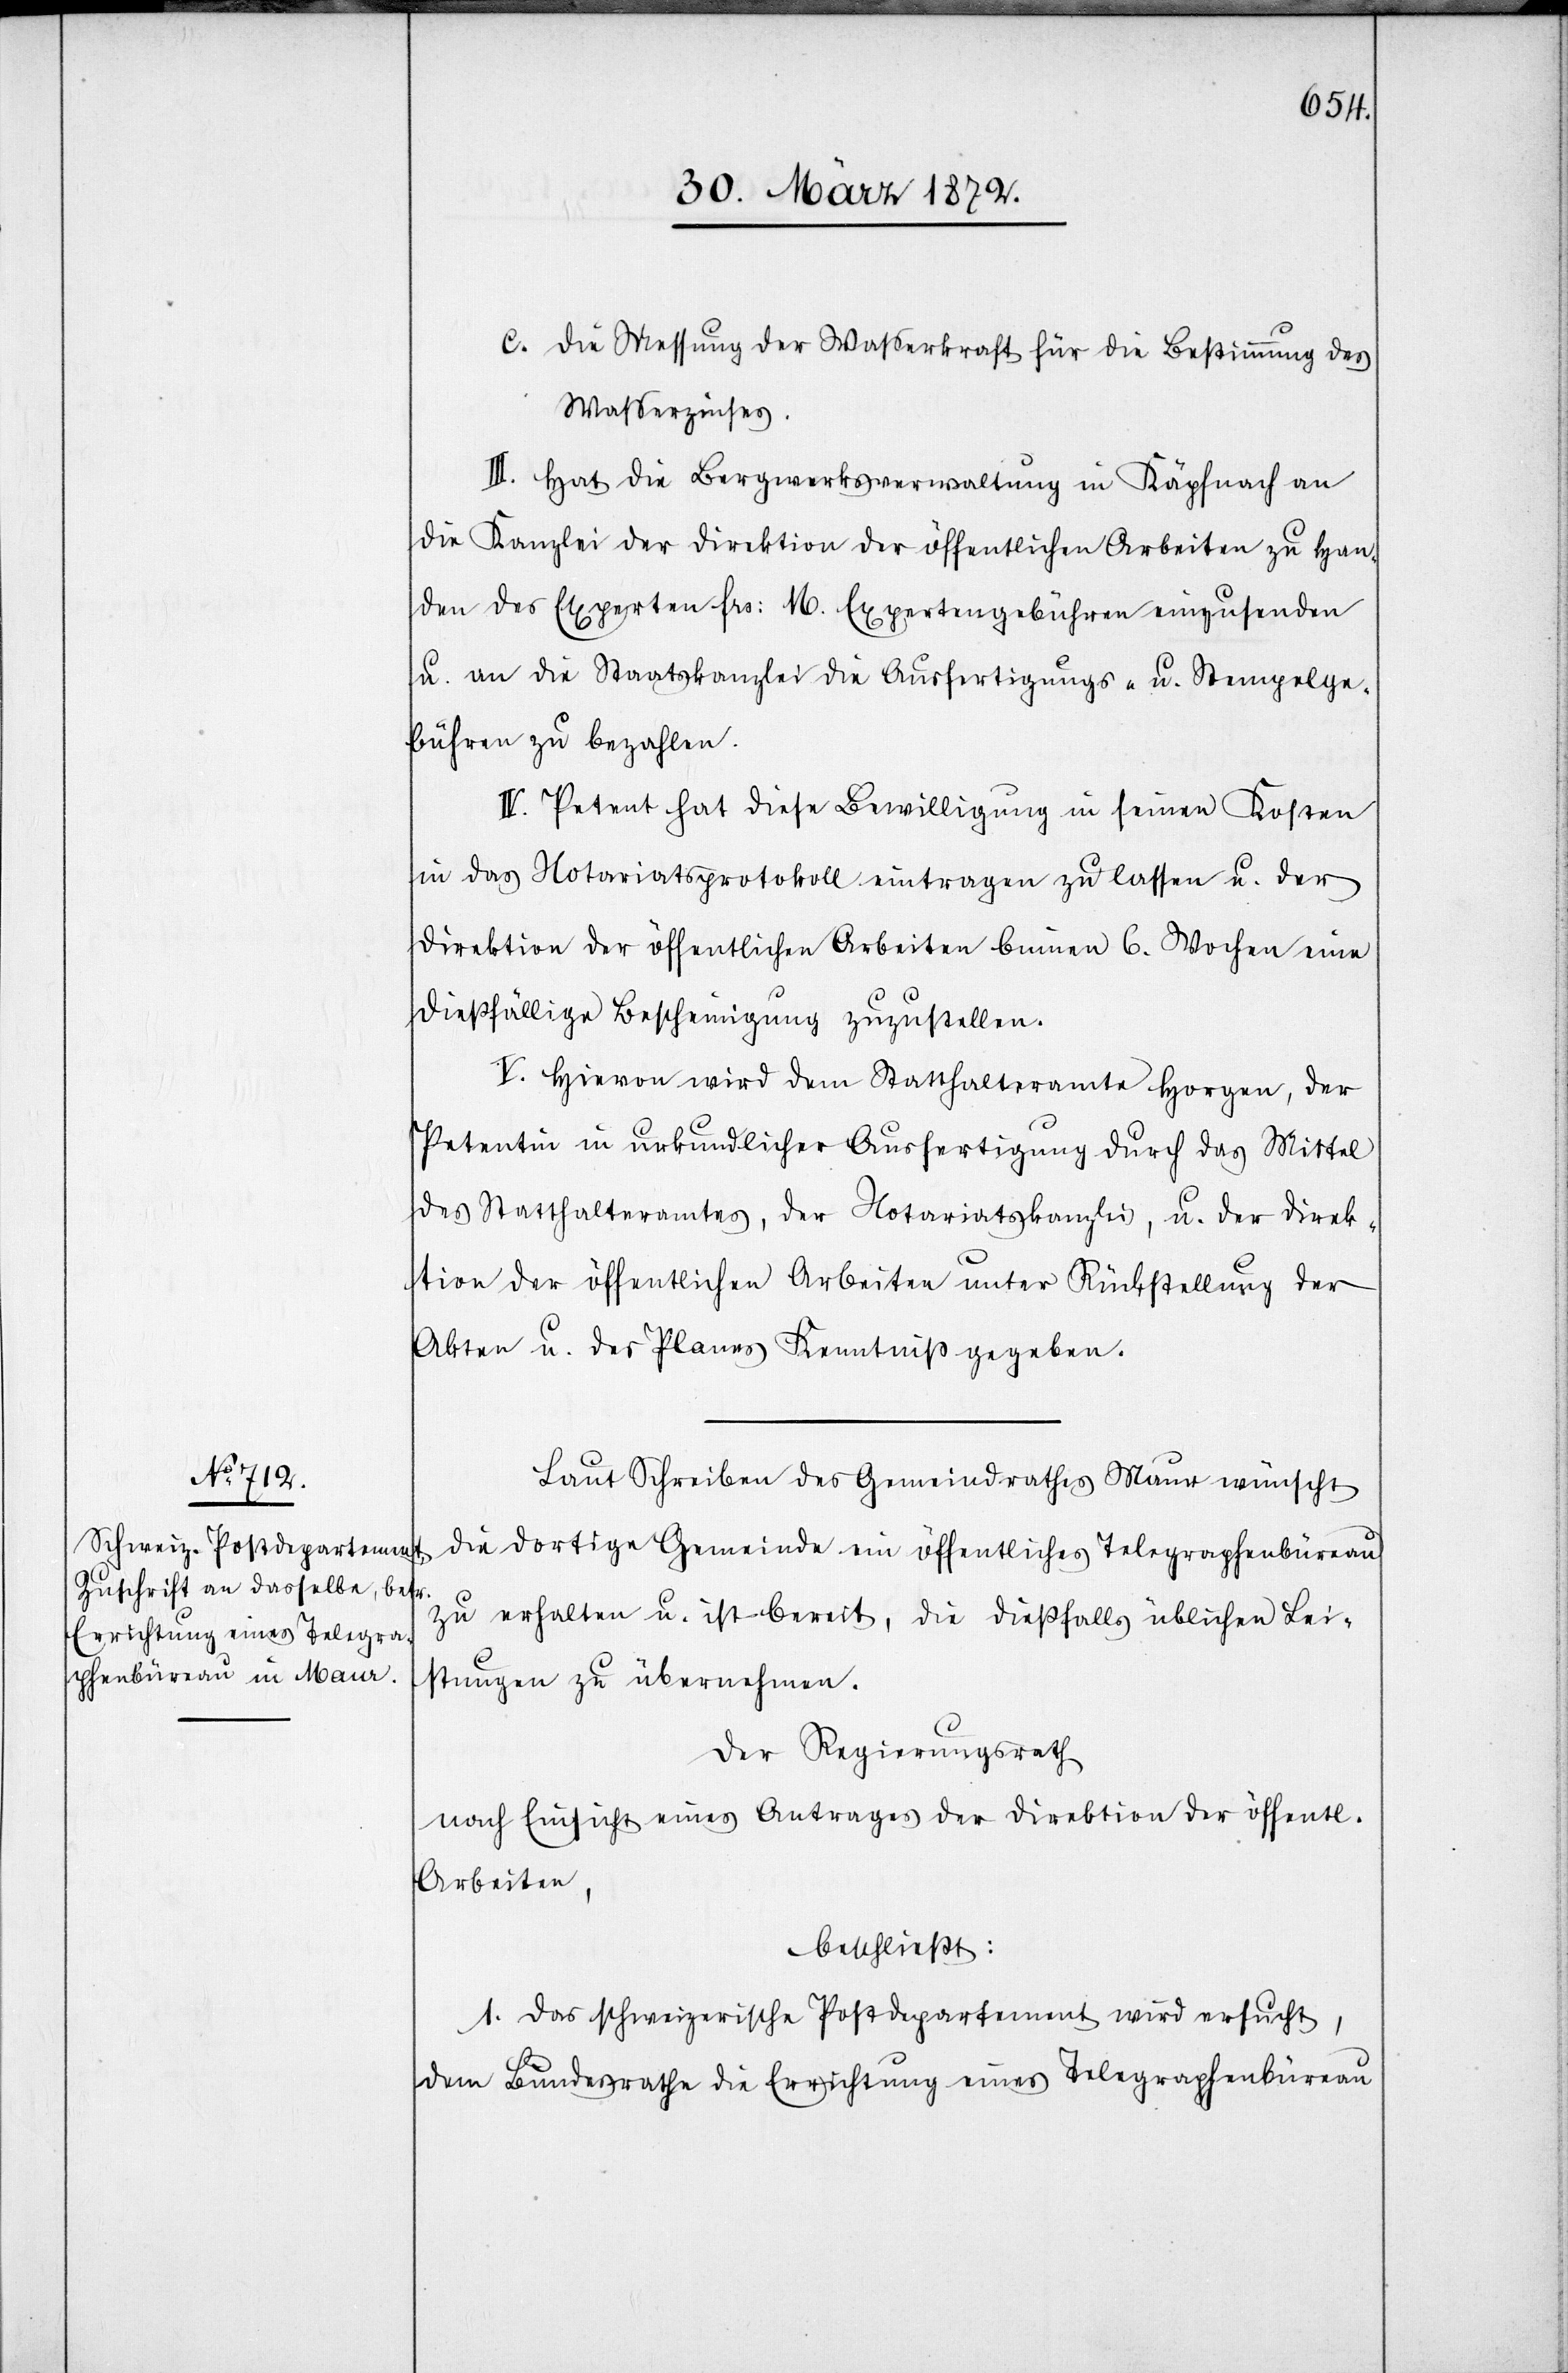
c. Die Messung der Wasserkraft für die Bestimmung des
Wasserzinses.
III. Hat die Bergwerksverwaltung in Käpfnach an
die Kanzlei der Direktion der öffentlichen Arbeiten zu Han¬
den des Experten frs: 16. Expertengebühren einzusenden
u. an die Staatskanzlei die Ausfertigungs- u. Stempelge¬
bühren zu bezahlen.
IV. Petent hat diese Bewilligung in seinen Kosten
in das Notariatsprotokoll eintragen zu lassen u. der
Direktion der öffentlichen Arbeiten binnen 6. Wochen eine
dießfällige Bescheinigung zuzustellen.
V. Hievon wird dem Statthalteramte Horgen, der
Petentin in urkundlicher Ausfertigung durch das Mittel
des Statthalteramtes, der Notariatskanzlei, u. der Direk¬
tion der öffentlichen Arbeiten unter Rückstellung der
Akten u. des Planes Kenntniß gegeben.
Laut Schreiben des Gemeindrathes Maur wünscht
die dortige Gemeinde ein öffentliches Telegraphenbüreau
zu erhalten u. ist bereit, die dießfalls üblichen Lei¬
stungen zu übernehmen.
Der Regierungsrath
nach Einsicht eines Antrages der Direktion der öffentl.
Arbeiten,
beschließt:
1. Das schweizerische Postdepartement wird ersucht,
dem Bundesrathe die Errichtung eines Telegraphenbüreau